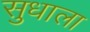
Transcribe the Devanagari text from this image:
सुधाला